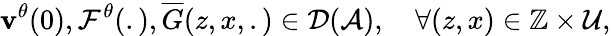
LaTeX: \mathbf{v}^{\theta}(0),\mathcal{{F}}^{\theta}(.),\overline{{{G}}}(z,x,.)\in\mathcal{{D}}(\mathcal{{A}}),\quad\forall(z,x)\in\mathbb{{Z}}\times\mathcal{{U}},